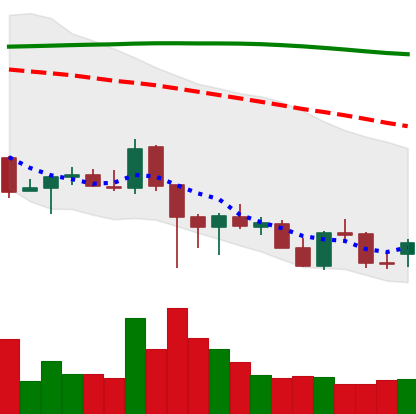
Ticker: ADA-USD
Chart end date: 2021-12-15
Forward return: -5.611%
Label: down_5_7